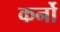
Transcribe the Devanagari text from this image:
कर्नो